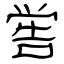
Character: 喾